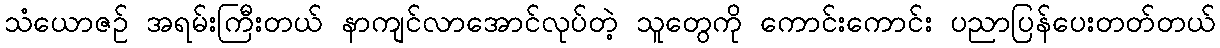
သံယောဇဉ် အရမ်းကြီးတယ် နာကျင်လာအောင်လုပ်တဲ့ သူတွေကို ကောင်းကောင်း ပညာပြန်ပေးတတ်တယ်